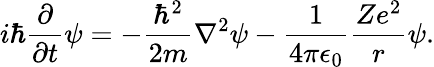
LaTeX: i\hbar{\frac{\partial}{\partial t}}\psi=-{\frac{\hbar^{2}}{2m}}\nabla^{2}\psi-{\frac{1}{4\pi\epsilon_{0}}}{\frac{Ze^{2}}{r}}\psi.